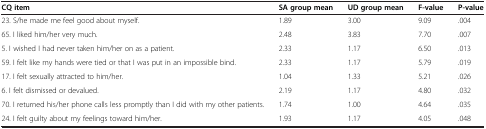
<table><thead><tr><td><b>CQ item</b></td><td><b>SA group mean</b></td><td><b>UD group mean</b></td><td><b>F-value</b></td><td><b>P-value</b></td></tr></thead><tbody><tr><td>23. S/he made me feel good about myself.</td><td>1.89</td><td>3.00</td><td>9.09</td><td>.004</td></tr><tr><td>65. I liked him/her very much.</td><td>2.48</td><td>3.83</td><td>7.70</td><td>.007</td></tr><tr><td>5. I wished I had never taken him/her on as a patient.</td><td>2.33</td><td>1.17</td><td>6.50</td><td>.013</td></tr><tr><td>59. I felt like my hands were tied or that I was put in an impossible bind.</td><td>2.33</td><td>1.17</td><td>5.79</td><td>.019</td></tr><tr><td>17. I felt sexually attracted to him/her.</td><td>1.04</td><td>1.33</td><td>5.21</td><td>.026</td></tr><tr><td>6. I felt dismissed or devalued.</td><td>2.19</td><td>1.17</td><td>4.80</td><td>.032</td></tr><tr><td>70. I returned his/her phone calls less promptly than I did with my other patients.</td><td>1.74</td><td>1.00</td><td>4.64</td><td>.035</td></tr><tr><td>24. I felt guilty about my feelings toward him/her.</td><td>1.93</td><td>1.17</td><td>4.05</td><td>.048</td></tr></tbody></table>